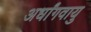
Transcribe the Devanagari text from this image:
अर्धांगवायु